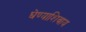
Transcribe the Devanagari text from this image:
घेण्याशिवाय